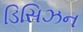
ડિસિઝન